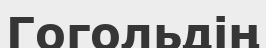
Гогольдің